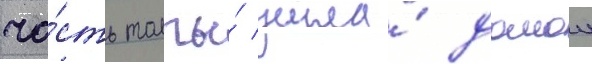
ча́сть толпы́ ушла́ домои